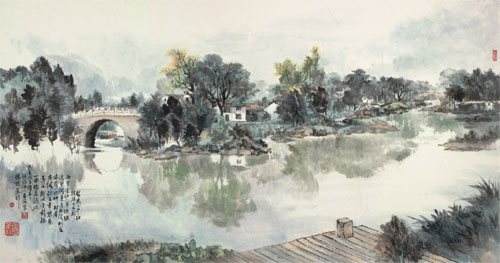
清愁诗酒少，寒食雨风多。